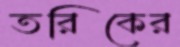
তরিকের